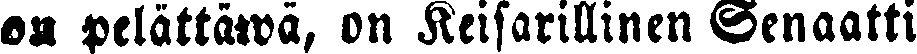
on pelättäwä, on Keisarillinen Senaatti